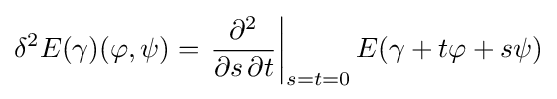
\delta ^{2}E(\gamma )(\varphi ,\psi )=\left.{\frac {\partial ^{2}}{\partial s\,\partial t}}\right|_{s=t=0}E(\gamma +t\varphi +s\psi )